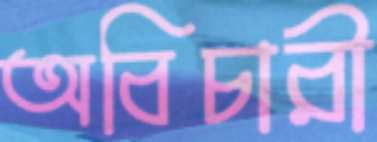
অবিচারী